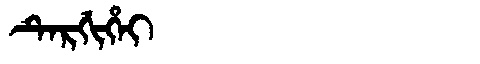
Manchu: ᡨᡝᡵᡤᡳᡥᡝᡳ
Romanization: TERGIHEI